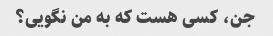
جن، کسی هست که به من نگویی؟